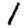
Digit: 1